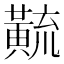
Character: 𱋳